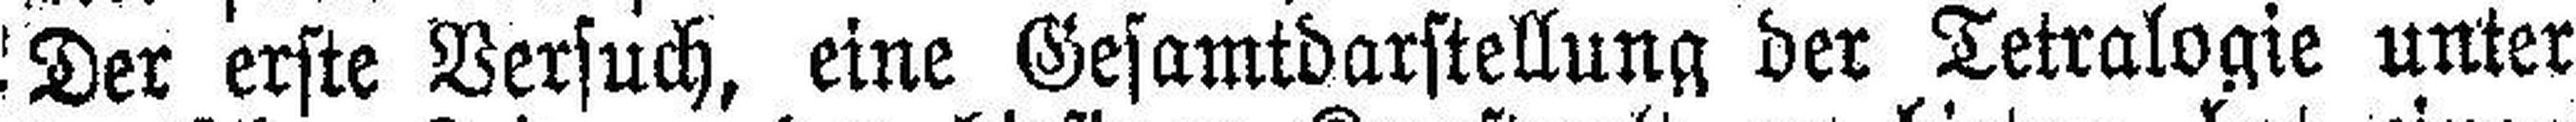
Der erste Versuch, eine Gesamtdarstellung der Tetralogie unter